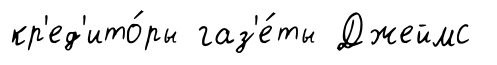
кр'ед'ито́ры газ'е́ты Джеймс